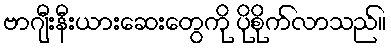
ဗာဂျီးနီးယားဆေးတွေကို ပိုစိုက်လာသည်။